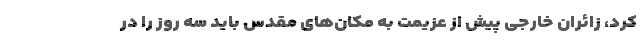
کرد، زائران خارجی پیش از عزیمت به مکان‌های مقدس باید سه روز را در